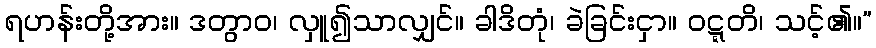
ရဟန်းတို့အား။ ဒတွာဝ၊ လှူ၍သာလျှင်။ ခါဒိတုံ၊ ခဲခြင်းငှာ။ ဝဋ္ဋတိ၊ သင့်၏။”